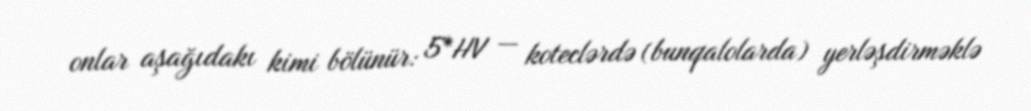
onlar aşağıdakı kimi bölünür: 5*HV — koteclərdə (bunqalolarda) yerləşdirməklə